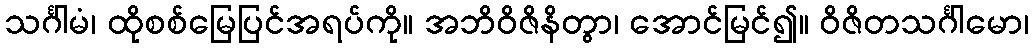
သင်္ဂါမံ၊ ထိုစစ်မြေပြင်အရပ်ကို။ အဘိဝိဇိနိတွာ၊ အောင်မြင်၍။ ဝိဇိတသင်္ဂါမော၊